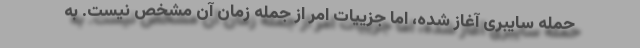
حمله سایبری آغاز شده، اما جزییات امر از جمله زمان ‌آن مشخص نیست. به